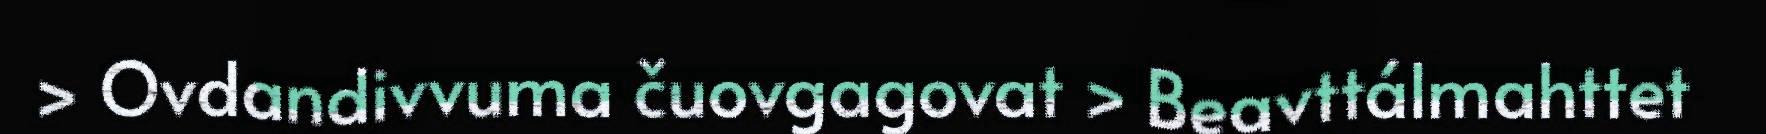
> Ovdandivvuma čuovgagovat > Beavttálmahttet